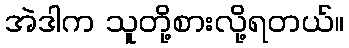
အဲဒါက သူတို့စားလို့ရတယ်။